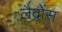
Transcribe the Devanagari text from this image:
लैद्रोंस